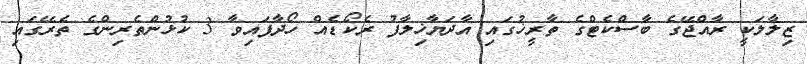
ޒިލާލަކީ ރާއްޖޭގެ ބާސްކެޓްގެ ތާރީޚުގައި އާދަޔާޚިލާފު ރެކޯޑެއް ހޯދާފައިވާ 3 ކުޅުންތެރިންގެ ތެރޭގައި